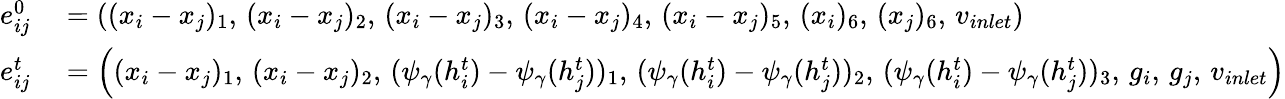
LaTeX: \begin{array}{rl}{e_{ij}^{0}}&{{}=\left((x_{i}-x_{j})_{1},\, (x_{i}-x_{j})_{2},\, (x_{i}-x_{j})_{3},\, (x_{i}-x_{j})_{4},\, (x_{i}-x_{j})_{5},\, (x_{i})_{6},\, (x_{j})_{6},\, v_{inlet}\right)}\\ {e_{ij}^{t}}&{{}=\left((x_{i}-x_{j})_{1},\, (x_{i}-x_{j})_{2},\, (\psi_{\gamma}(h_{i}^{t})-\psi_{\gamma}(h_{j}^{t}))_{1},\, (\psi_{\gamma}(h_{i}^{t})-\psi_{\gamma}(h_{j}^{t}))_{2},\, (\psi_{\gamma}(h_{i}^{t})-\psi_{\gamma}(h_{j}^{t}))_{3},\, g_{i},\, g_{j},\, v_{inlet}\right)}\end{array}